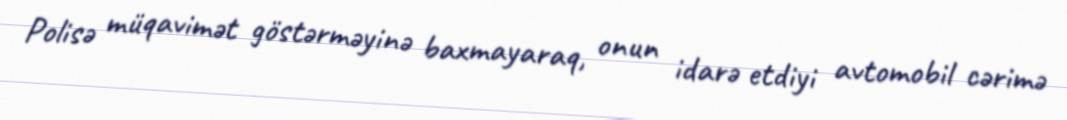
Polisə müqavimət göstərməyinə baxmayaraq, onun idarə etdiyi avtomobil cərimə